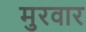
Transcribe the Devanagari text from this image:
मुरवार